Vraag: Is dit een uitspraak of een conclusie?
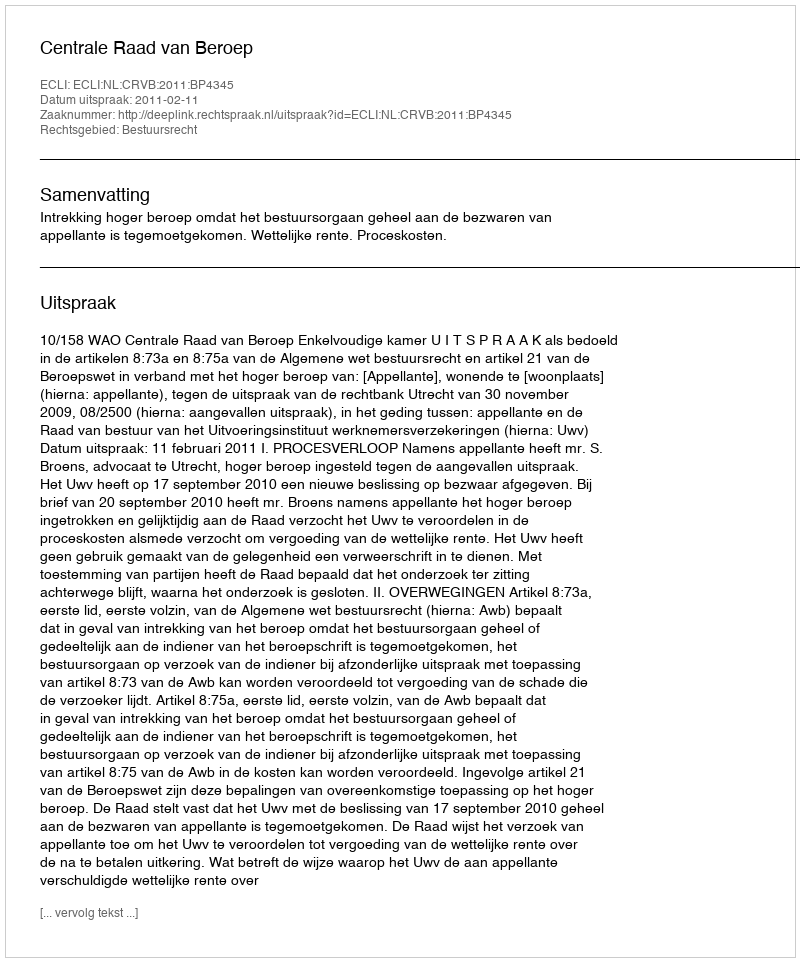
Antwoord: Uitspraak